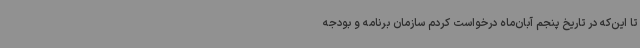
تا این‌که در تاریخ پنجم آبان‌ماه درخواست کردم سازمان برنامه و بودجه